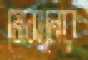
মেসনের